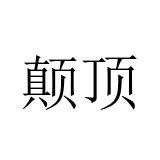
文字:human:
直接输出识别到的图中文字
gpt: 颠顶